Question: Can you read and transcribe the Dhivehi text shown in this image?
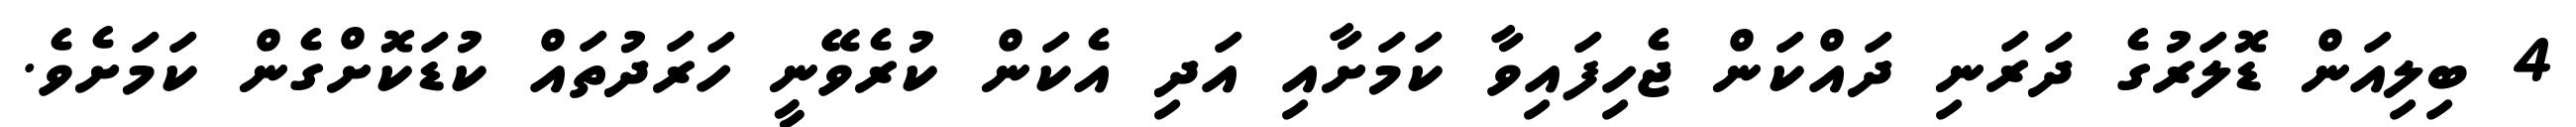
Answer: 4 ބިލިއަން ޑޮލަރުގެ ދަރަނި ދައްކަން ޖެހިފައިވާ ކަމަށާއި އަދި އެކަން ކުރެވޭނީ ހަރަދުތައް ކުޑަކޮށްގެން ކަމަށެވެ.